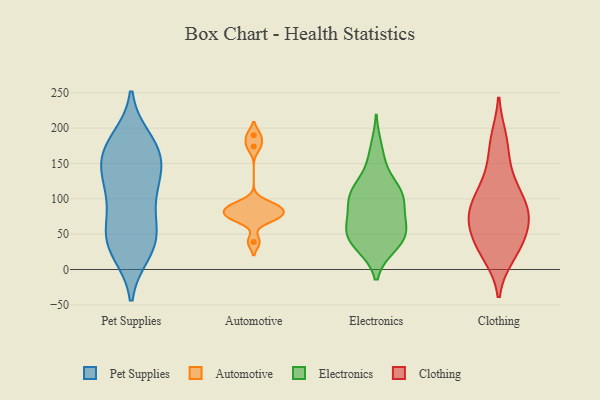
{"axis": {"x": "Churn Rate (%)", "y": "Value"}, "legend": ["Automotive", "Clothing", "Electronics", "Pet Supplies"], "data": [{"x": "", "y": 128, "type": "Pet Supplies"}, {"x": "", "y": 57, "type": "Pet Supplies"}, {"x": "", "y": 24, "type": "Pet Supplies"}, {"x": "", "y": 177, "type": "Pet Supplies"}, {"x": "", "y": 177, "type": "Pet Supplies"}, {"x": "", "y": 157, "type": "Pet Supplies"}, {"x": "", "y": 25, "type": "Pet Supplies"}, {"x": "", "y": 43, "type": "Pet Supplies"}, {"x": "", "y": 161, "type": "Pet Supplies"}, {"x": "", "y": 115, "type": "Pet Supplies"}, {"x": "", "y": 139, "type": "Pet Supplies"}, {"x": "", "y": 156, "type": "Pet Supplies"}, {"x": "", "y": 79, "type": "Pet Supplies"}, {"x": "", "y": 41, "type": "Pet Supplies"}, {"x": "", "y": 184, "type": "Pet Supplies"}, {"x": "", "y": 41, "type": "Pet Supplies"}, {"x": "", "y": 89, "type": "Pet Supplies"}, {"x": "", "y": 119, "type": "Pet Supplies"}, {"x": "", "y": 90, "type": "Automotive"}, {"x": "", "y": 82, "type": "Automotive"}, {"x": "", "y": 73, "type": "Automotive"}, {"x": "", "y": 174, "type": "Automotive"}, {"x": "", "y": 190, "type": "Automotive"}, {"x": "", "y": 73, "type": "Automotive"}, {"x": "", "y": 87, "type": "Automotive"}, {"x": "", "y": 92, "type": "Automotive"}, {"x": "", "y": 74, "type": "Automotive"}, {"x": "", "y": 39, "type": "Automotive"}, {"x": "", "y": 107, "type": "Electronics"}, {"x": "", "y": 105, "type": "Electronics"}, {"x": "", "y": 74, "type": "Electronics"}, {"x": "", "y": 105, "type": "Electronics"}, {"x": "", "y": 38, "type": "Electronics"}, {"x": "", "y": 67, "type": "Electronics"}, {"x": "", "y": 105, "type": "Electronics"}, {"x": "", "y": 35, "type": "Electronics"}, {"x": "", "y": 48, "type": "Electronics"}, {"x": "", "y": 112, "type": "Electronics"}, {"x": "", "y": 100, "type": "Electronics"}, {"x": "", "y": 63, "type": "Electronics"}, {"x": "", "y": 171, "type": "Electronics"}, {"x": "", "y": 54, "type": "Electronics"}, {"x": "", "y": 146, "type": "Electronics"}, {"x": "", "y": 49, "type": "Electronics"}, {"x": "", "y": 34, "type": "Electronics"}, {"x": "", "y": 177, "type": "Clothing"}, {"x": "", "y": 98, "type": "Clothing"}, {"x": "", "y": 132, "type": "Clothing"}, {"x": "", "y": 63, "type": "Clothing"}, {"x": "", "y": 55, "type": "Clothing"}, {"x": "", "y": 84, "type": "Clothing"}, {"x": "", "y": 23, "type": "Clothing"}, {"x": "", "y": 128, "type": "Clothing"}, {"x": "", "y": 88, "type": "Clothing"}, {"x": "", "y": 40, "type": "Clothing"}, {"x": "", "y": 70, "type": "Clothing"}, {"x": "", "y": 95, "type": "Clothing"}, {"x": "", "y": 33, "type": "Clothing"}, {"x": "", "y": 77, "type": "Clothing"}, {"x": "", "y": 184, "type": "Clothing"}, {"x": "", "y": 20, "type": "Clothing"}]}